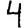
Digit: 4